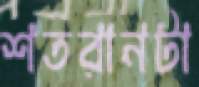
শতরানটা